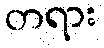
တရား